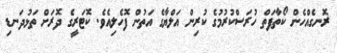
ރޮނގެއްހެން ކޯތާފަތް ހުރަސްކުރުމުގެ ކުރިން އަލްޔާގެ އަތުން ފޮހެލިއެވެ. ކޮޓަރީގެ ދޮރަށް ތަޅުދަނޑި